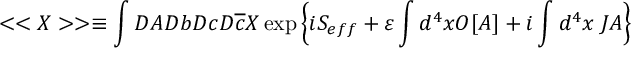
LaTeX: < < X > > \equiv \int D A D b D c D \overline { { { c } } } X \exp \left\{ i S _ { e f f } + \varepsilon \int d ^ { 4 } x O [ A ] + i \int d ^ { 4 } x \; J A \right\}